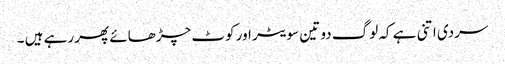
سردی اتنی ہے کہ لوگ دو تین سویٹر اور کوٹ چڑھائے پھر رہے ہیں ۔